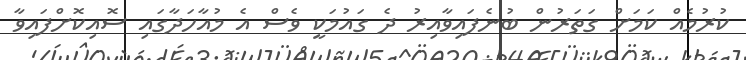
ކުރުމެއް ކަމަށް ގަތަރުން ބުނެފައިވާއިރު ދެ ގައުމަކީ ވެސް އެ މުއާހަދާގައި ސޮއިކޮށްފައިވާ